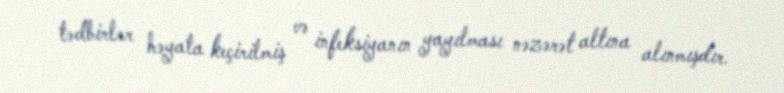
tədbirlər həyata keçirilmiş və infeksiyanın yayılması nəzərət altına alınmışdır.